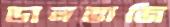
ডালভাজি